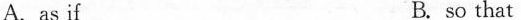
A.as if B. so that